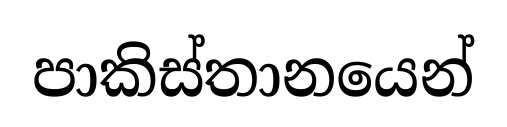
පාකිස්තානයෙන්